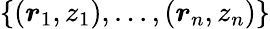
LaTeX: \{ (\boldsymbol{r}_{1},z_{1}),...,(\boldsymbol{r}_{n},z_{n})\}